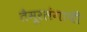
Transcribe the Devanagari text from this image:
तैमूरलंगाची